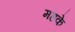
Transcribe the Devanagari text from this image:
महके